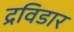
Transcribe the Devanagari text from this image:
द्रविडार